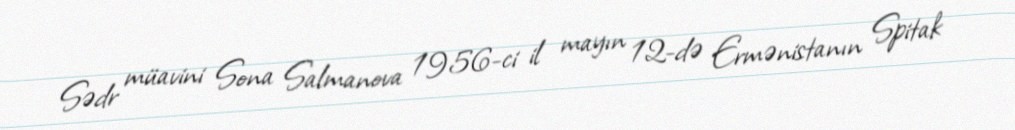
Sədr müavini Sona Salmanova 1956-ci il mayın 12-də Ermənistanın Spitak